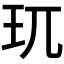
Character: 𮴀